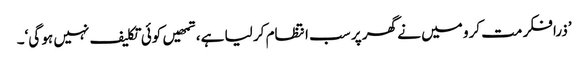
’ذرا فکر مت کرو میں نے گھر پر سب انتظام کر لیا ہے، تمھیں کوئی تکلیف نہیں ہو گی‘۔